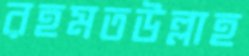
রহমতউল্লাহ